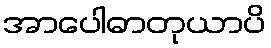
အာပေါဓာတုယာပိ